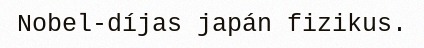
Nobel-díjas japán fizikus.